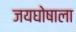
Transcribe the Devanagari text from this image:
जयघोषाला